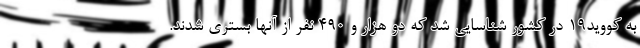
به کووید۱۹ در کشور شناسایی شد که دو هزار و ۴۹۰ نفر از آنها بستری شدند.